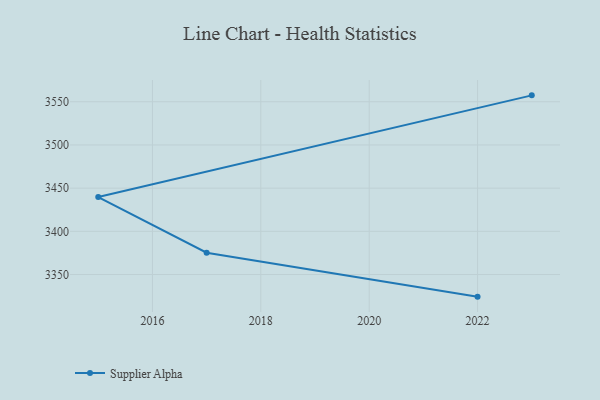
{"axis": {"x": "Year", "y": "Page Views"}, "legend": ["Supplier Alpha"], "data": [{"x": "2022", "y": 3324.4, "type": "Supplier Alpha"}, {"x": "2017", "y": 3375.2, "type": "Supplier Alpha"}, {"x": "2015", "y": 3439.7, "type": "Supplier Alpha"}, {"x": "2023", "y": 3557.4, "type": "Supplier Alpha"}]}